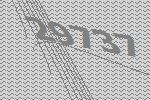
29737